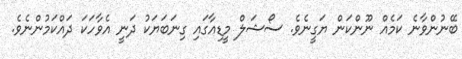
ބޭނުންވާނެ ކަމެއް ނޫންކަން ޔަގީނެވެ. ސޯޝަލް މީޑިއާގައި ގިނަބަޔަކު ދަނީ އެވާހަކަ ދައްކަމުންނެވެ.